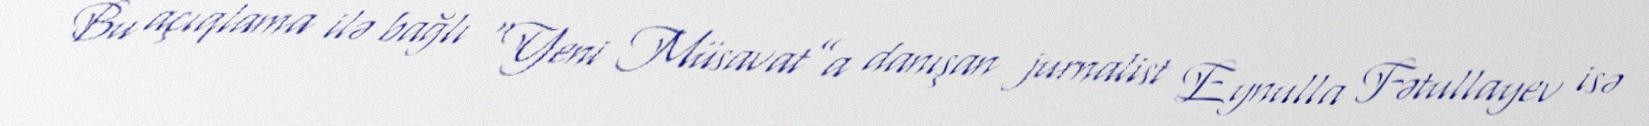
Bu açıqlama ilə bağlı “Yeni Müsavat”a danışan jurnalist Eynulla Fətullayev isə